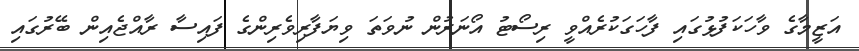
އަޒީމާގެ ވާހަކަފުޅުގައި ފާހަގަކުރެއްވީ ރިސޯޓު އޯނަރުން ނުވަތަ ވިޔަފާރިވެރިންގެ ފައިސާ ރާއްޖެއިން ބޭރުގައި